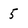
Character: 5